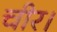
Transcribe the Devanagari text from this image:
चीर।